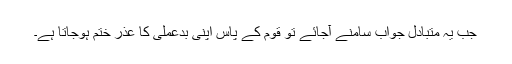
جب یہ متبادل جواب سامنے آجائے تو قوم کے پاس اپنی بدعملی کا عذر ختم ہوجاتا ہے۔